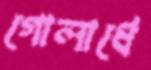
গোলার্ধে